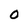
Character: o